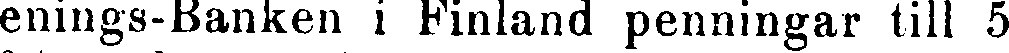
enings-Banken i Finland penningar till 5